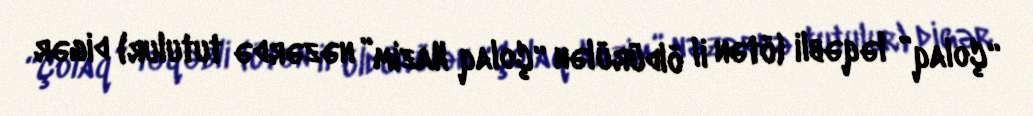
“Çolaq” ləqəbli (ötən il öldürülən “Çolaq Nazim” nəzərdə tutulur) digər